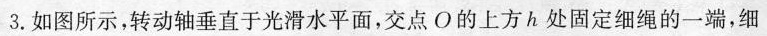
3.如图所示，转动轴垂直于光滑水平面，交点O的上方h处固定细绳的一端，细